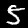
Label: 5